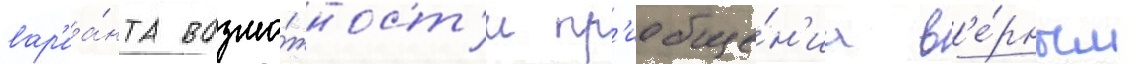
вар'иа́нта возмо́жност'и пр'иобще́н'иа в'е́рным